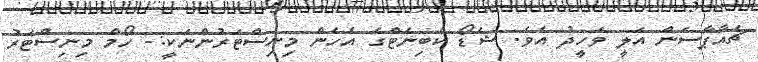
ޗެއާޕާސަން އަލީ ވަހީދު އެވެ. ޝެޑޯ ކެބިނެޓްގެ އެހެން މިނިސްޓަރުންނަކީ:- ހޯމް މިނިސްޓަރު